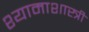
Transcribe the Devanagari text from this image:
श्यामाशास्त्री